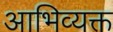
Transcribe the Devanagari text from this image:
आभिव्यक्त